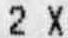
2 X